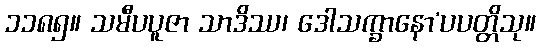
၁၁၈၅။ သမီပပူဇာ သာဒိဿ၊ ဒေါသက္ခာနော’ပပတ္တိသု။